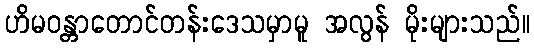
ဟိမဝန္တာတောင်တန်းဒေသမှာမူ အလွန် မိုးများသည်။